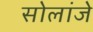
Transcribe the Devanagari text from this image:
सोलांजे